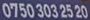
07503032520